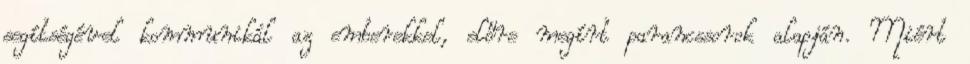
segítségével kommunikál az emberekkel, előre megírt parancssorok alapján. Miért